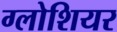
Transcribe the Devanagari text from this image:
ग्लोशियर